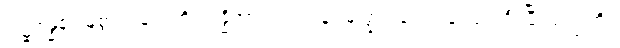
ဂါဠှဗန္ဓနံ၊ မြဲစွာဖွဲ့ခြင်းကို။ ဗန္ဓိတွာ၊ ဖွဲ့၍။ ခုရမုဏ္ဍံ၊ သင်တုန်းဖြင့် ဦးပြီးသည်ကို။